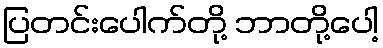
ပြတင်းပေါက်တို့ ဘာတို့ပေါ့